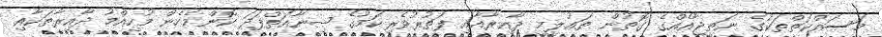
މަސައްކަތްތަކުގެ ނަތީޖާއެއްގެ ގޮތުން ތަޢުލީމީ ދާއިރާއާއި ފަތުރުވެރިކަމުގެ ޞިނާއަތްފަދަ ކޮންމެހެން މުހިއްމު ދާއިރާތަކާއި